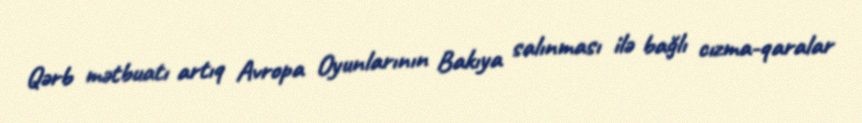
Qərb mətbuatı artıq Avropa Oyunlarının Bakıya salınması ilə bağlı cızma-qaralar